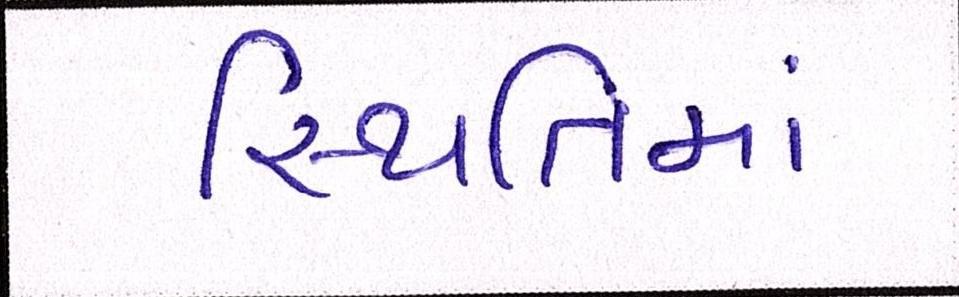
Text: સ્થિતિમાં